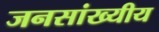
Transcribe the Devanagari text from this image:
जनसांख्यीय